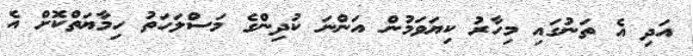
އަދި އެ ތަނުގައި މިހާރު ކިޔަވަމުން އަންނަ ކުދިންގެ މަސްލަހަތު ހިމާޔަތްކޮށް އެ